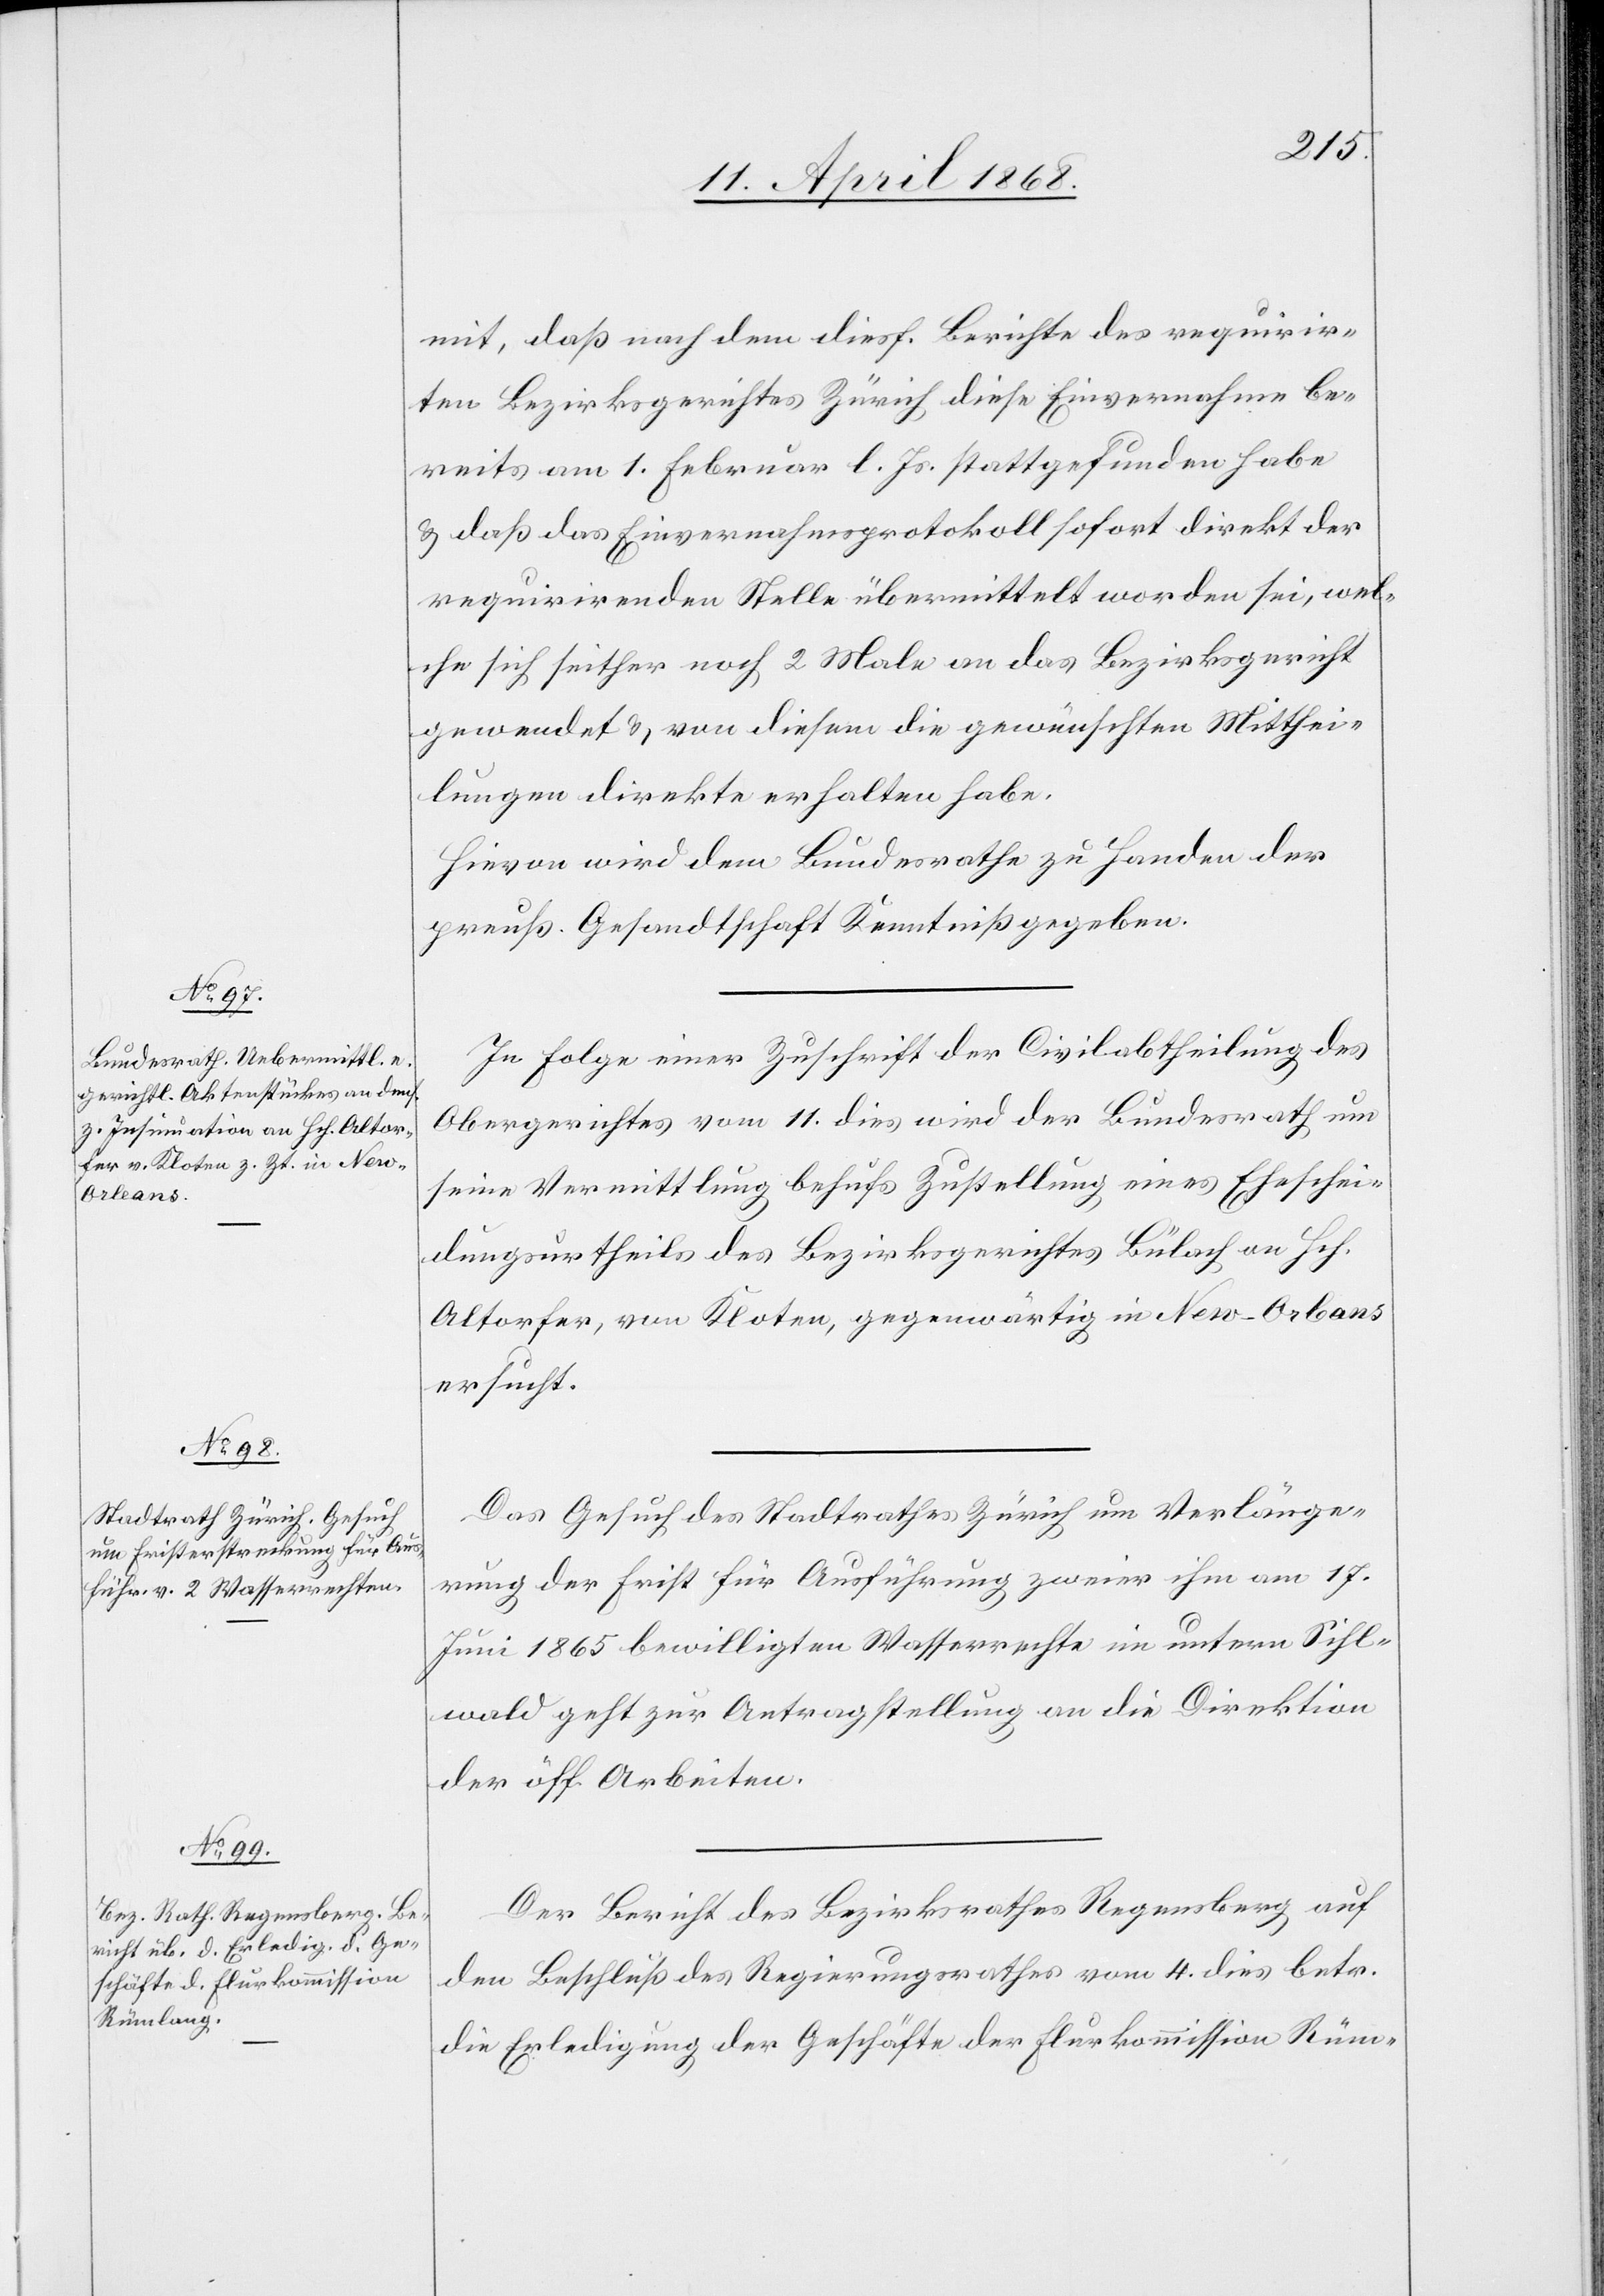
14. April 1868.]
mit, daß nach dem diesf. Berichte des requirir¬
ten Bezirksgerichtes Zürich diese Einvernahme be¬
reits am 1. Februar l. Js. stattgefunden habe
& daß das Einvernahmsprotokoll sofort direkt der
requirirenden Stelle übermittelt worden sei, wel¬
che sich seither noch 2 Male an das Bezirksgericht
gewendet & von diesem die gewünschten Mitthei¬
lungen direkte erhalten habe.
Hievon wird dem Bundesrathe zu Handen der
preuß. Gesandtschaft Kenntniß gegeben.
In Folge einer Zuschrift der Civilabtheilung des
Obergerichtes vom 11. dies wird der Bundesrath um
seine Vermittlung behufs Zustellung eines Eheschei¬
dungsurtheils des Bezirksgerichtes Bülach an Hch.
Altorfer, von Kloten, gegenwärtig in New-Orl[e]ans
ersucht.
Das Gesuch des Stadtrathes Zürich um Verlänge¬
rung der Frist für Ausführung zweier ihm am 17.
Juni 1865 bewilligten Wasserrechte im untern Sihl¬
wald geht zur Antragstellung an die Direktion
der öff. Arbeiten.
Der Bericht des Bezirksrathes Regensberg auf
den Beschluß des Regierungsrathes vom 4. dies betr.
die Erledigung der Geschäfte der Flurkommission Rüm-